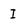
Character: I